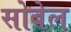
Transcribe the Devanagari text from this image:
सोबेल